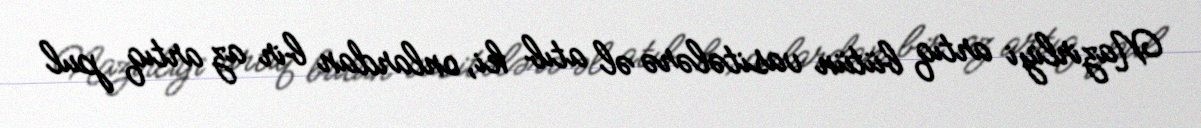
Nazirliyi artıq bütün vasitələrə əl atıb ki, onlardan bir az artıq pul